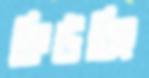
কিউরিং